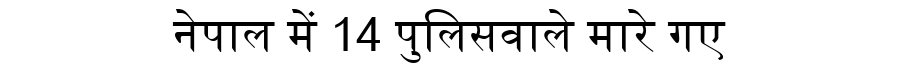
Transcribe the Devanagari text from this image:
नेपाल में 14 पुलिसवाले मारे गए